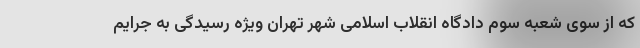
که از سوی شعبه سوم دادگاه انقلاب اسلامی شهر تهران ویژه رسیدگی به جرایم